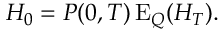
H _ { 0 } = P ( 0 , T ) \operatorname { E } _ { Q } ( H _ { T } ) .